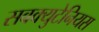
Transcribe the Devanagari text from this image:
सबक्युटेनियस